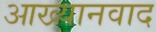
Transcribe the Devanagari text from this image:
आख्यानवाद